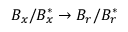
B _ { x } / B _ { x } ^ { * } \rightarrow B _ { r } / B _ { r } ^ { * }